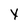
Character: Y